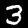
Label: 3